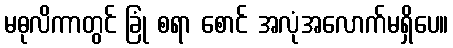
မဓုလိကာတွင် ခြုံ စရာ စောင် အလုံအလောက်မရှိပေ။